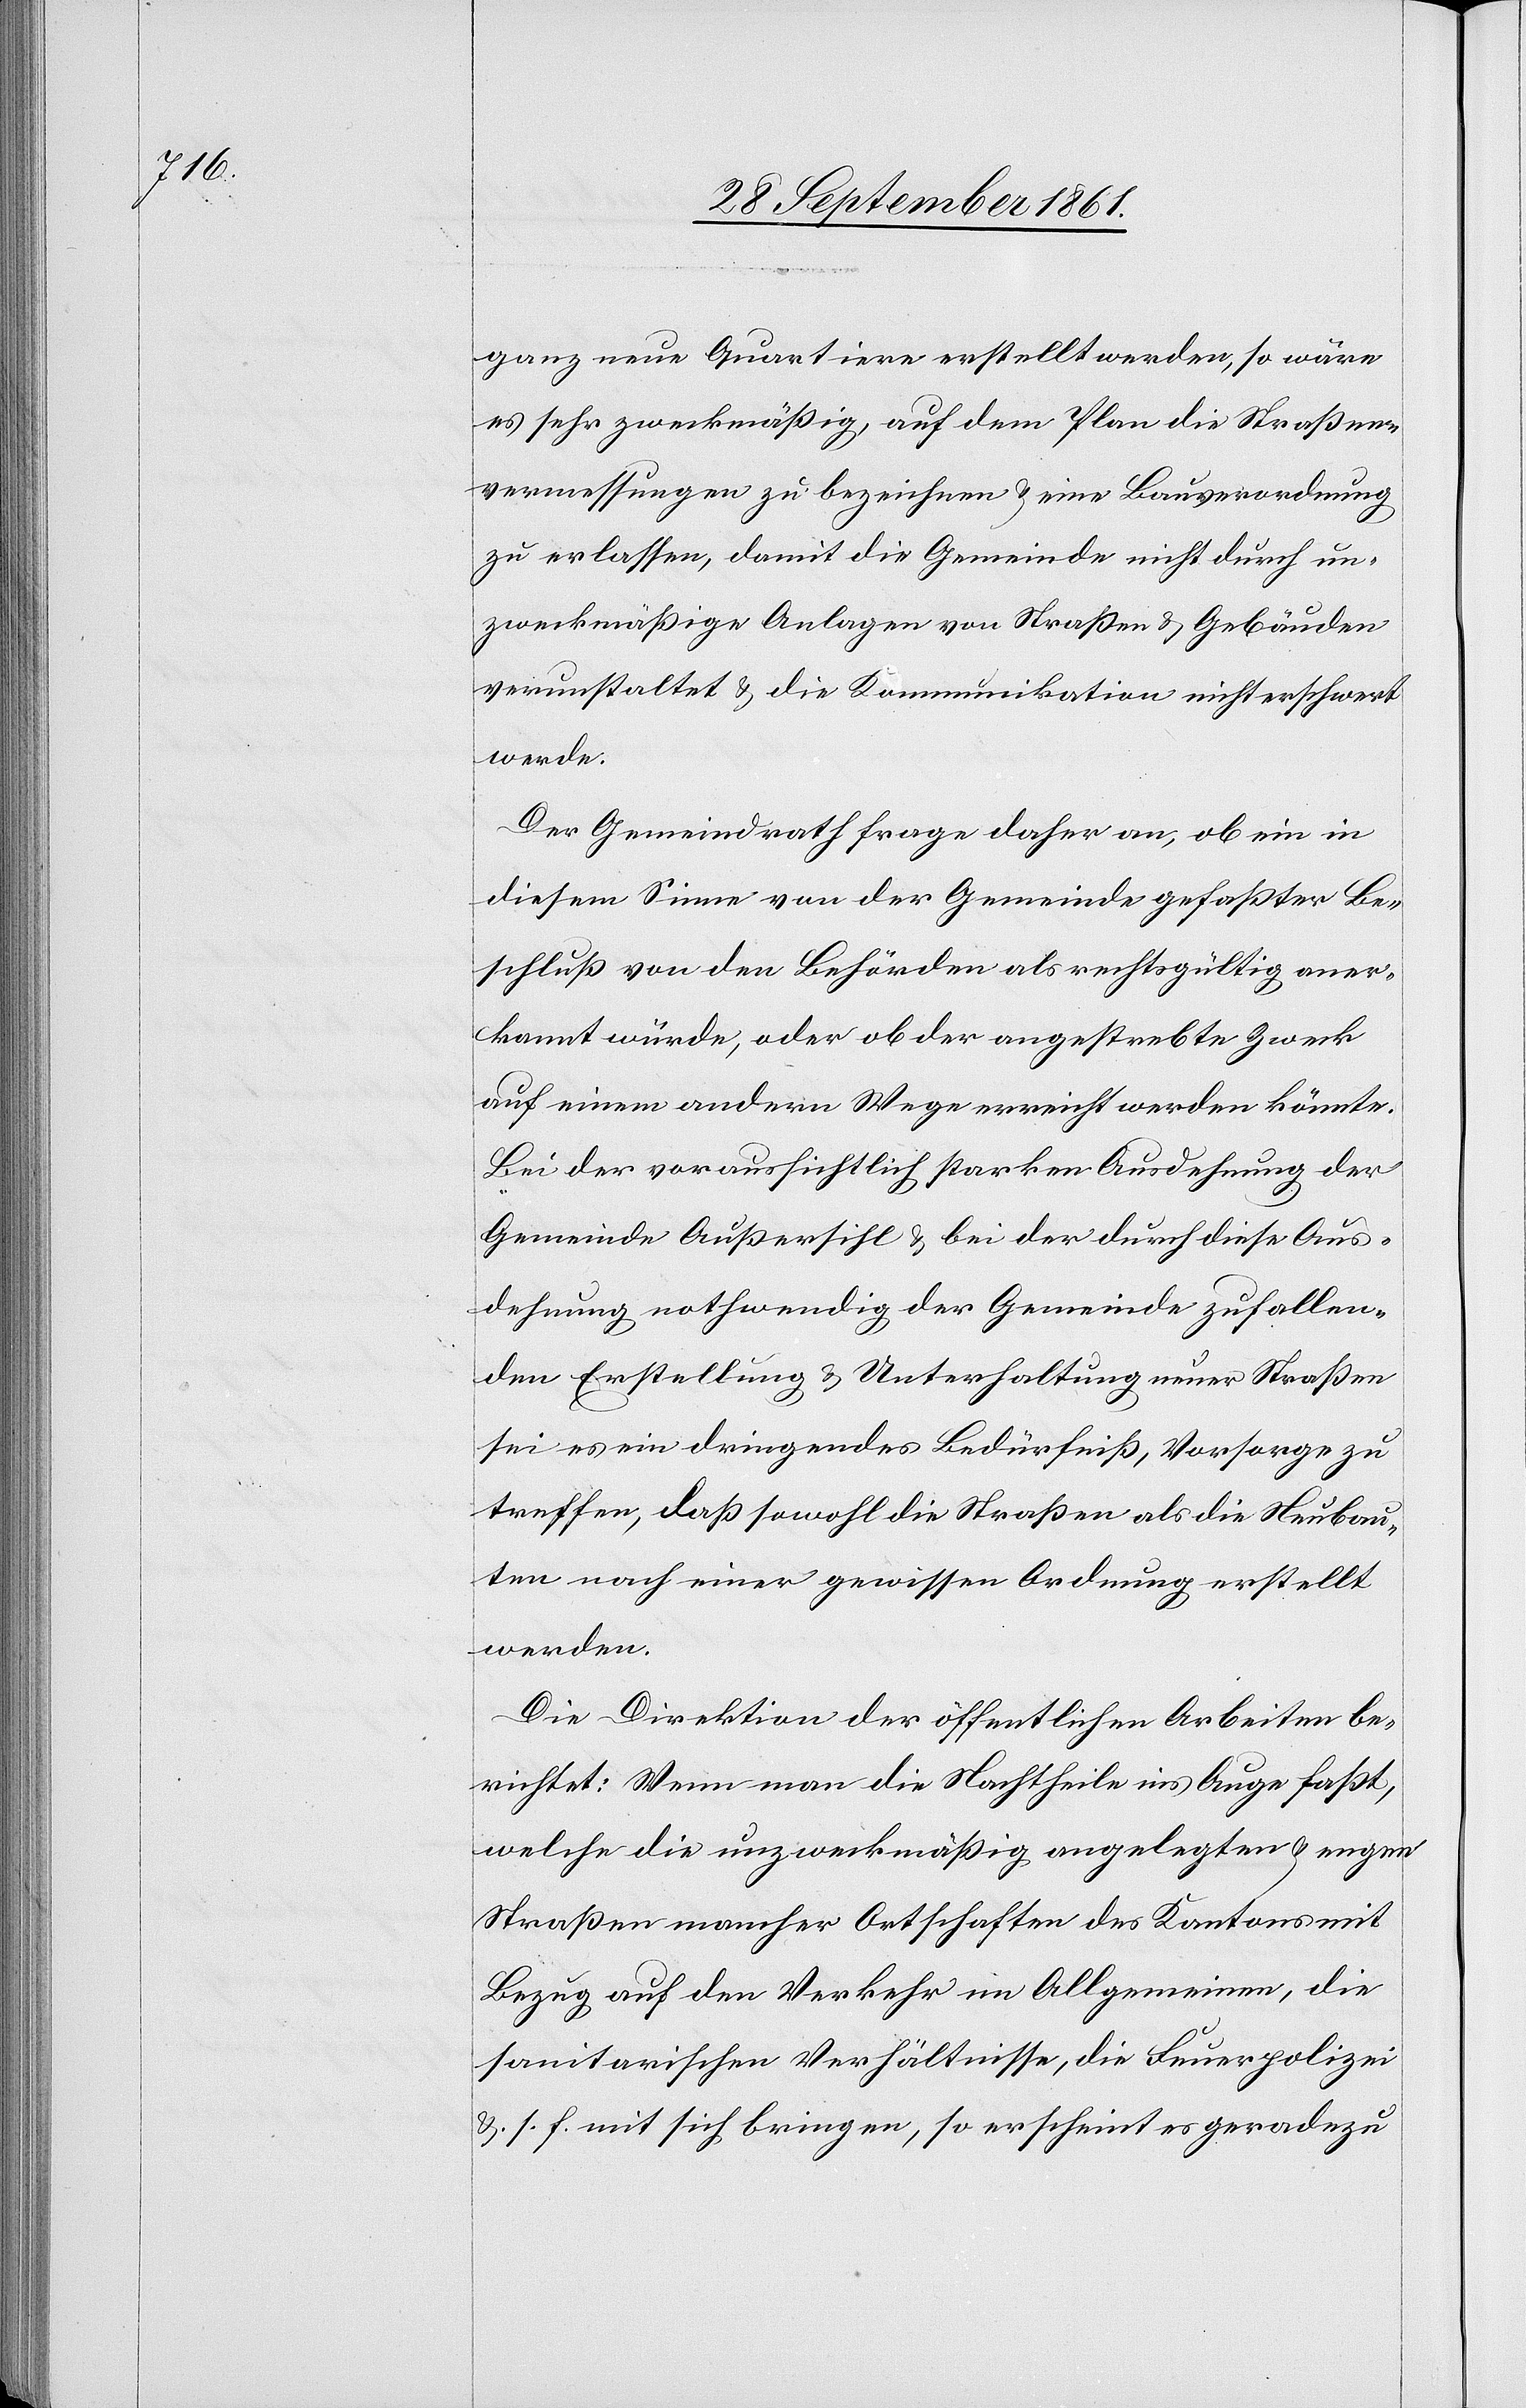
ganz neue Quartiere erstellt werden, so wäre
es sehr zweckmäßig auf dem Plan die Straßen¬
vermessungen zu bezeichnen u. eine Bauverordnung
zu erlassen, damit die Gemeinde nicht durch un¬
zweckmäßige Anlagen von Straßen u. Gebäuden
verunstaltet u. die Kommunikation nicht erschwert
werde.
Der Gemeindrath frage daher an, ob ein in
diesem Sinne von der Gemeinde gefaßter Be¬
schluß von den Behörden als rechtsgültig aner¬
kannt würde, oder ob der angestrebte Zweck
auf einem andern Wege erreicht werden könnte.
Bei der voraussichtlich starken Ausdehnung der
Gemeinde Außersihl u. bei der durch diese Aus¬
dehnung nothwendig der Gemeinde zufallen¬
den Erstellung u. Unterhaltung neuer Straßen
sei es ein dringendes Bedürfniß, Vorsorge zu
treffen, daß sowohl die Straßen als die Neubau¬
ten nach einer gewissen Ordnung erstellt
werden.
Die Direktion der öffentlichen Arbeiten be¬
richtet: Wenn man die Nachtheile ins Auge faßt,
welche die unzweckmäßig angelegten u. engen
Straßen mancher Ortschaften des Kantons mit
Bezug auf den Verkehr im Allgemeinen, die
sanitarischen Verhältnisse, die Feuerpolizei
u. s. f. mit sich bringen, so erscheint es geradezu